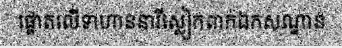
ផ្តោតលើទាហាននារីស្លៀកពាក់ឯកសណ្ឋាន